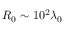
R _ { 0 } \sim 1 0 ^ { 2 } \lambda _ { 0 }